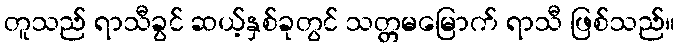
တူသည် ရာသီခွင် ဆယ့်နှစ်ခုတွင် သတ္တမမြောက် ရာသီ ဖြစ်သည်။